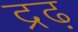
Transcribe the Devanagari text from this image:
द्रढ़